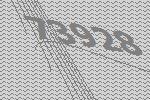
73928